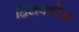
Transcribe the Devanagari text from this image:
हिराक्लेस